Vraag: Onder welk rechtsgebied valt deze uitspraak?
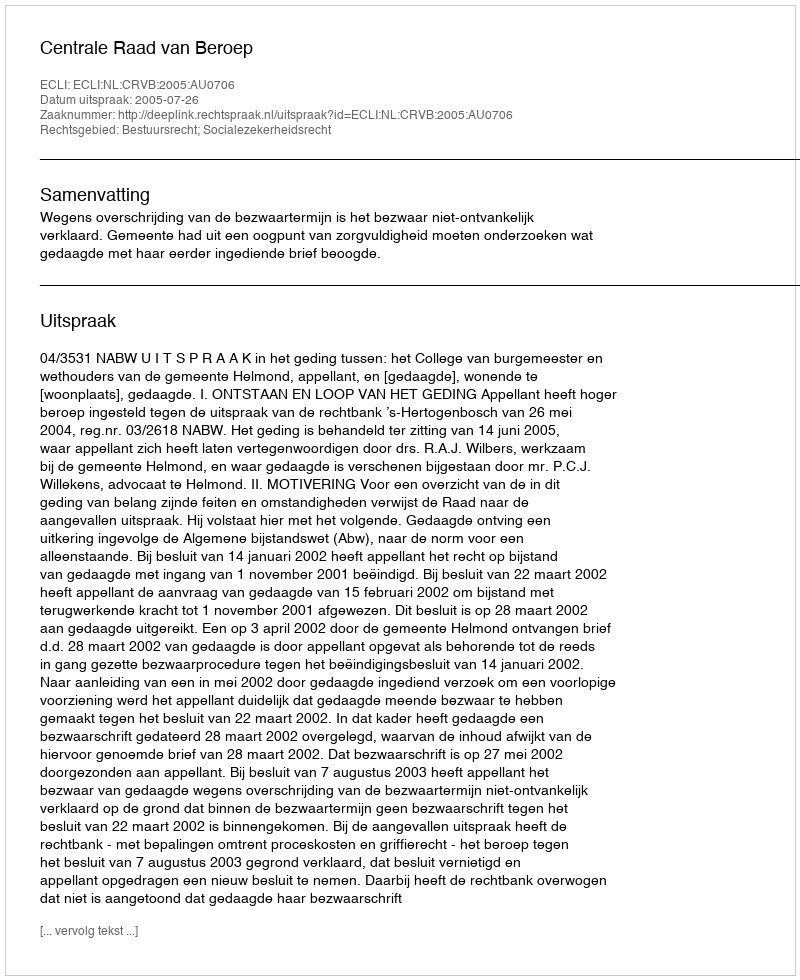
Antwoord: Bestuursrecht; Socialezekerheidsrecht